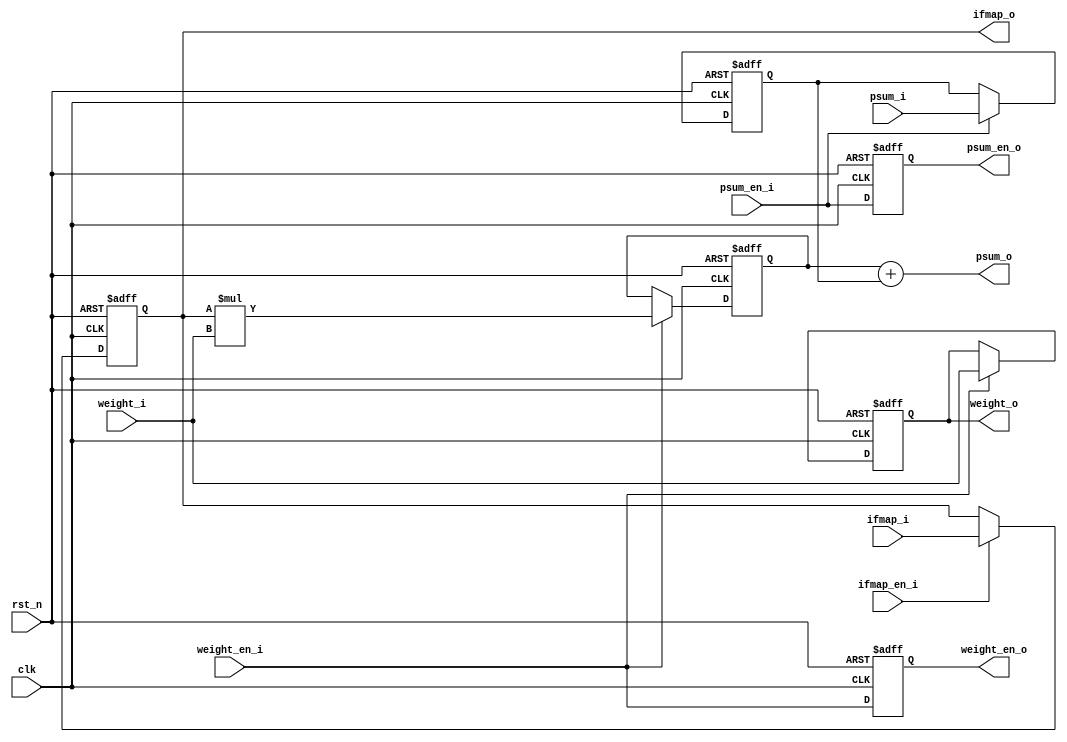
module PE #(
    // Parameter
    parameter DATA_WIDTH = 8,
    parameter PSUM_WIDTH = 32
    )
    (
    // Special Input
    input   clk,
    input   rst_n,
    
    // Primitives(input)
    input   [DATA_WIDTH-1:0]        ifmap_i,
    input   [DATA_WIDTH-1:0]        weight_i,
    input   [PSUM_WIDTH-1:0]        psum_i,
    
    // Register enable signal(output)
    input                           ifmap_en_i,
    input                           weight_en_i,
    input                           psum_en_i,
    
    // Primitives(input)
    output  [DATA_WIDTH-1:0]        ifmap_o,
    output  [DATA_WIDTH-1:0]        weight_o,
    output  [PSUM_WIDTH-1:0]        psum_o,

    // Register enable signal(output)
    output                          weight_en_o,
    output                          psum_en_o
    );
    
    
    // Register declaration 
    
    // Primitives 
    reg     [DATA_WIDTH-1:0]        ifmap_r;
    reg     [DATA_WIDTH-1:0]        weight_r;
    reg     [PSUM_WIDTH-1:0]        psum_r;
    
    // Multiply out buf
    reg     [(DATA_WIDTH*2)-1:0]    product_r;      // buffering multiply out(prevent timing issue)  
    
    // Enable signal
    reg                             weight_en_r;
    reg                             psum_en_r;
    

    // Forwarding control signal(sync with primitives)
    always @(posedge clk, negedge rst_n) begin
        if (!rst_n) begin
            weight_en_r <= 1'b0;
            psum_en_r   <= 1'b0;
        end else begin
            weight_en_r <= weight_en_i;
            psum_en_r   <= psum_en_i;
        end
    end

    // Registering ifmap
    always @(posedge clk, negedge rst_n) begin
        if (!rst_n) begin
            ifmap_r <= {(DATA_WIDTH){1'b0}};
        end
        else if (ifmap_en_i) begin
            ifmap_r <= ifmap_i;
        end
    end
    
    // Registering weight
    always @(posedge clk, negedge rst_n) begin
        if (!rst_n) begin
            weight_r <= {(DATA_WIDTH){1'b0}};
        end 
        else if (weight_en_i) begin
            weight_r <= weight_i;
        end
    end
    
    // Registering psum
    always @(posedge clk, negedge rst_n) begin
        if (!rst_n) begin
            psum_r <= {(PSUM_WIDTH){1'b0}};
        end
        else if (psum_en_i) begin
            psum_r <= psum_i;        
        end
    end
    
    // Registering multiplication product(using dedicated logic for multiplication)
    always @(posedge clk, negedge rst_n) begin
        if (!rst_n) begin
            product_r <= {(DATA_WIDTH*2){1'b0}};
        end else if (weight_en_i) begin
            product_r <= ifmap_r * weight_i;
        end
    end
    
    
    // Accumulation(using dedicatied logic)
    assign psum_o = product_r + psum_r;

    // Assignment output(primitives forwarding)
    assign ifmap_o  = ifmap_r;
    assign weight_o = weight_r;
    
    // Assignment output(control forwarding)
    assign weight_en_o  = weight_en_r;
    assign psum_en_o    = psum_en_r;

endmodule